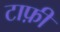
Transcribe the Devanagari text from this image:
टाफ़ी